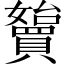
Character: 𡤓